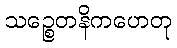
သဉ္စေတနိကဟေတု